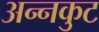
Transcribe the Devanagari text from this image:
अन्नकुट